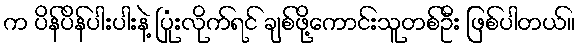
က ပိန်ပိန်ပါးပါးနဲ့ ပြုံးလိုက်ရင် ချစ်ဖို့ကောင်းသူတစ်ဦး ဖြစ်ပါတယ်။